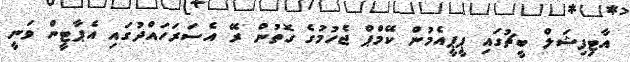
އާޓިފިޝަލް ބީޗުގައި ޕީޕީއެމުން ކޭމްޕް ޖެހުމުގެ ގޮތުން ރޭ އެސަރަހައްދުގައި އެޕާޓީން ވަނީ